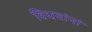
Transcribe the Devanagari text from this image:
विधवांनां